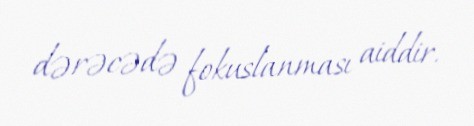
dərəcədə fokuslanması aiddir.